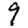
Digit: 9